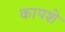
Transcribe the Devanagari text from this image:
कापशे